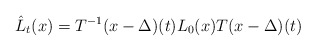
\begin{align*}\hat{L}_t(x)=T^{-1}(x-\Delta )(t)L_0(x)T(x-\Delta )(t)\end{align*}